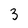
Character: 3